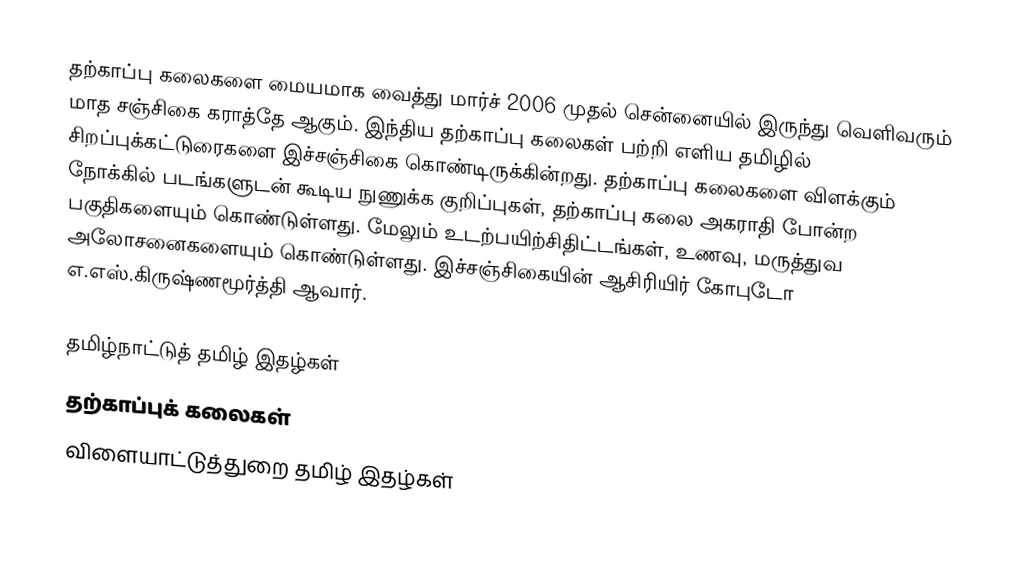
தற்காப்பு கலைகளை மையமாக வைத்து மார்ச் 2006 முதல் சென்னையில் இருந்து வெளிவரும் மாத சஞ்சிகை கராத்தே ஆகும்.  இந்திய தற்காப்பு கலைகள் பற்றி எளிய தமிழில் சிறப்புக்கட்டுரைகளை இச்சஞ்சிகை கொண்டிருக்கின்றது.  தற்காப்பு கலைகளை விளக்கும் நோக்கில் படங்களுடன் கூடிய நுணுக்க குறிப்புகள், தற்காப்பு கலை அகராதி போன்ற பகுதிகளையும் கொண்டுள்ளது.  மேலும் உடற்பயிற்சிதிட்டங்கள், உணவு, மருத்துவ அலோசனைகளையும் கொண்டுள்ளது.  இச்சஞ்சிகையின் ஆசிரியிர் கோபுடோ எ.எஸ்.கிருஷ்ணமூர்த்தி ஆவார்.

தமிழ்நாட்டுத் தமிழ் இதழ்கள்
தற்காப்புக் கலைகள்
விளையாட்டுத்துறை தமிழ் இதழ்கள்